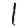
Digit: 1